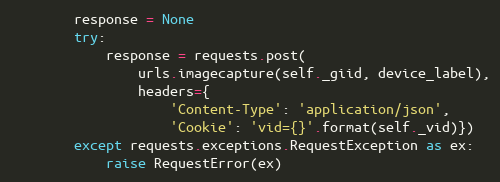
Language: Python
        response = None
        try:
            response = requests.post(
                urls.imagecapture(self._giid, device_label),
                headers={
                    'Content-Type': 'application/json',
                    'Cookie': 'vid={}'.format(self._vid)})
        except requests.exceptions.RequestException as ex:
            raise RequestError(ex)